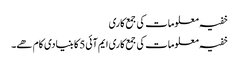
خفیہ معلومات کی جمع کاری
خفیہ معلومات کی جمع کاری ایم آئی5 کا بنیادی کام ھے۔